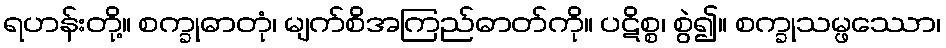
ရဟန်းတို့။ စက္ခုဓာတုံ၊ မျက်စိအကြည်ဓာတ်ကို။ ပဋိစ္စ၊ စွဲ၍။ စက္ခုသမ္ဖဿော၊